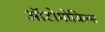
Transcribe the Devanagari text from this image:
ऑटोमोविल्स